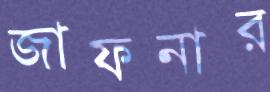
জাফনার